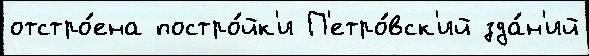
отстро́ена постро́йк'и П'етро́вск'ий зда́н'ий